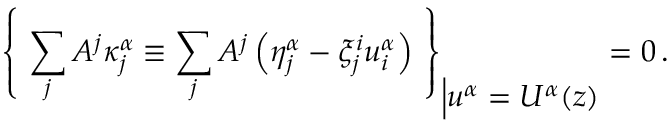
{ \left\{ \ \sum _ { j } A ^ { j } \kappa _ { j } ^ { \alpha } \equiv \sum _ { j } A ^ { j } \left( \eta _ { j } ^ { \alpha } - \xi _ { j } ^ { i } u _ { i } ^ { \alpha } \right) \ \right\} } _ { \Big \vert \displaystyle { u ^ { \alpha } = U ^ { \alpha } ( z ) } } = 0 \, .